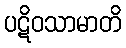
ပဋိဝသာမာတိ